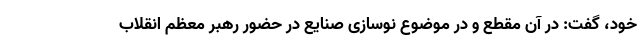
خود، گفت: در آن مقطع و در موضوع نوسازی صنایع در حضور رهبر معظم انقلاب